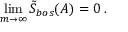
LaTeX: \operatorname * { l i m } _ { m \rightarrow \infty } \tilde { S } _ { b o s } ( A ) = 0 \; .